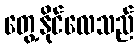
တွေ့နိုင်လေသည်